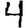
Digit: 4